Medical and sanitary report of the native army of Madras for the year
Year: 1878
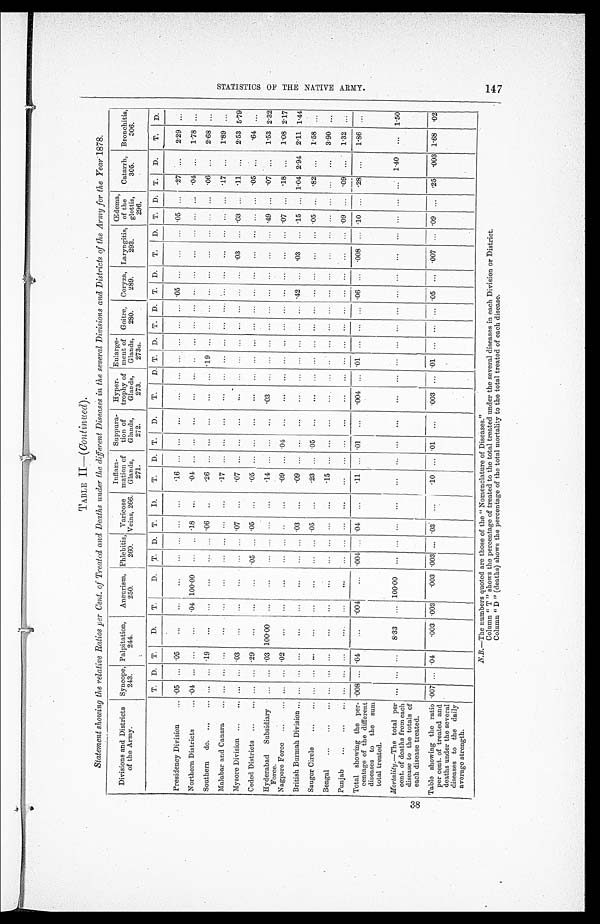
TABLE II— (Continued).
Statement showing the relative Ratios per Cent. of Treated and Deaths under the different Diseases in the several Divisions and Districts of the Army for the Year 1878.
Divisions and Districts
of the Army.
Syncope,
243.
Palpitation,
244.
Aneurism,
250.
Phlebitis,
260.
Varicose
Veins, 266.
Inflam-
mation of
Glands,
271.
Suppura-
tion of
Glands,
272.
Hyper-
trophy of
Glands,
273.
Enlarge-
ment of
Glands,
273 a .
Goitre,
280.
Coryza,
289.
Laryngitis,
293.
Œdema,
of the
glottis,
296.
Catarrh,
305.
Bronchitis,
306.
T.
D.
T.
D.
T.
D.
T.
D.
T.
D.
T.
D.
T.
D.
T.
D. T.
D.
T.
D.
T.
D.
T.
D.
T.
D.
T.
D.
T.
D.
Presidency Division . . . .05
. . . .05
. . .
. . .
. . .
. . .
. . .
. . .
. . .
.16
. . .
. . .
. . .
. . .
. . .
. . .
. . .
. . .
. . . .05
. . .
. . .
. . . .05
. . .
.27
. . .
2.29
. . .
Northern Districts . . . .04
. . .
. . .
. . .
. 0 4 100.00
. . .
. . . .18
. . .
.04
. . .
. . .
. . .
. . .
. . .
. . .
. . .
. . .
. . .
. . .
. . .
. . .
. . .
. . .
. . .
.04
. . .
1.78
. . .
Southern
do. . . . . . .
. . . .19
. . .
. . .
. . .
. . .
. . . .06
. . .
. 2 6
. . .
. . .
. . .
. . .
. . .
. 1 9
. . .
. . .
. . .
. . . . . .
. . .
. . .
. . .
. . .
. 0 6
. . .
2 . 6 8 . . .
Malabar and Canara . . . . . .
. . .
. . .
. . .
. . .
. . .
. . .
. . .
. . .
. . .
. 1 7
. . .
. . .
. . .
. . .
. . .
. . .
. . .
. . .
. . .
. . .
. . .
. . .
. . .
. . .
. . .
.17
. . .
1
.89
. . .
Mysore Division . . . . . .
. . .
. 0 3
. . .
. . .
. . .
. . .
. . . .07
. . .
. 0 7
. . .
. . .
. . .
. . .
. . .
. . .
. . .
. . .
. . .
. . . . . .
. 0 3
. . .
. 0 3
. . . .11
. . .
2.53 5.79
Ceded Districts . . . . . .
. . . .29
. . .
. . .
. . . .05
. . . .05
. . .
.05
. . .
. . .
. . .
. . .
. . .
. . .
. . .
. . .
. . .
. . .
. . .
. . .
. . .
. . .
. . .
.05
. . .
.64
. . .
Hyderabad Subsidiary
Force.
. . .
. . . .03 100.00
. . .
. . .
. . .
. . .
. . .
. . .
.14
. . .
. . .
. . .
.03
. . .
. . .
. . .
. . .
. . .
. . .
. . .
. . .
. . . .49
. . .
.07
. . .
1.53 2.32
Nagpore Force . . .
. . .
. . .
.02 . . .
. . .
. . .
. . .
. . .
. . .
. . .
.09
. . . .04
. . .
. . .
. . .
. . .
. . .
. . .
. . .
. . .
. . .
. . .
. . . .07
. . . .18
. . .
1.08 2.17
British Burmah Division . . . . . .
. . .
. . .
. . .
. . .
. . .
. . .
. . . .03
. . .
.09
. . .
. . .
. . .
. . .
. . .
. . .
. . .
. . .
. . . .42
. . .
.03
. . . .15
. . . 1.04 2.94
2.11 1.44
Saugor Circle . . . . . .
. . .
. . .
. . .
. . .
. . .
. . .
. . . .05
. . .
.23
. . . .05
. . .
. . .
. . .
. . .
. . .
. . .
. . .
. . . . . .
. . .
. . . .05
. . .
.82
. . .
1.58 . . .
Bengal
. . . . . .
. . .
. . .
. . .
. . .
. . .
. . .
. . .
. . .
. . .
.15
. . .
. . .
. . .
. . .
. . .
. . .
. . .
. . .
. . .
. . .
. . .
. . .
. . .
. . .
. . .
. . .
. . .
3.90
. . .
P u n j a b . . . . . .
. . .
. . .
. . .
. . .
. . .
. . .
. . .
. . .
. . .
. . .
. . .
. . .
. . .
. . .
. . .
. . .
. . .
. . .
. . .
. . .
. . .
. . .
. . .
. 0 9
. . .
. 0 9 . . .
1 . 3 2 . . .
Total showing the per-
centage of the different
diseases to the sum
total treated.
.008
. . .
.04
. . . .004
. . .
.004
. . . .04
. . .
.11
. . .
. . . 0 1
. . .
.004
. . . .01
. . .
. . .
. . . .06
. . .
.008
. . . .10
. . .
.28
. . .
1.86
. . .
Mortality .—The total per
cent. of deaths from each
disease to the totals of
each disease treated.
. . .
. . .
. . .
8.33
. . .
100.00
. . .
. . .
. . .
. . .
. . .
. . .
. . .
. . .
. . .
. . .
. . .
. . .
. . .
. . .
. . .
. . .
. . .
. . .
. . .
. . .
. . .
1.40
. . .
1.50
Table showing the ratio
per cent. of treated and
deaths under the several
diseases to the daily
average strength.
.007
. . .
. . . 0 4
. 0 0 3 .003
. 0 0 3 .003
. . .
.03
. . .
.10
. . . .01
. . .
.003
. . . .01
. . .
. . .
. . .
.05
. . .
.007
. . . .09
. . .
.25
. 003 1.68
. 02
N.B.—The numbers quoted are those of the "Nomenclature of Diseases."
Column "T" shows the percentage of treated to the total treated under the several diseases in each Division or District.
Column "D" (deaths) shows the percentage of the total mortality to the total treated of each disease.
S T A T I S T I C S O F T H E N A T I V E A R M Y . 1 4 7